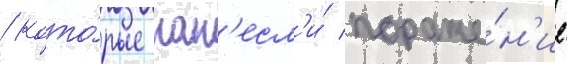
/ кото́рые нан'есл'и́ пораже́н'ие